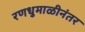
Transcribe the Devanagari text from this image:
रणधुमाळीनंतर